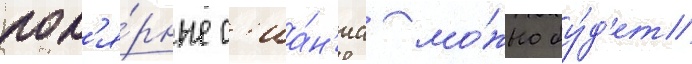
пол'я́рные с'иа́н'иа мо́жно бу́д'ет